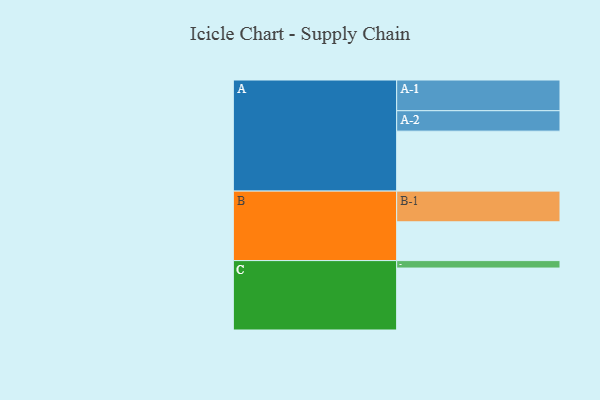
{"axis": {"x": "Segment", "y": "Value"}, "legend": ["", "A", "B", "C"], "data": [{"x": "A", "y": 572, "type": ""}, {"x": "B", "y": 370, "type": ""}, {"x": "C", "y": 591, "type": ""}, {"x": "A-1", "y": 293, "type": "A"}, {"x": "A-2", "y": 195, "type": "A"}, {"x": "B-1", "y": 293, "type": "B"}, {"x": "C-1", "y": 71, "type": "C"}]}